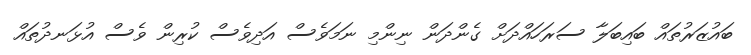
ބައުޒަރުތައް ބައިބަލާ ސަރަހައްދަށް ގެންދަން ނިންމި ނަމަވެސް އަދިވެސް ކުރިން ވެސް އުޅަނދުތައް